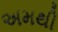
અમથી